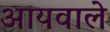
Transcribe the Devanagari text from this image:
आयवाले